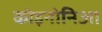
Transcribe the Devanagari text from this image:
कोइनोनिआ